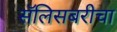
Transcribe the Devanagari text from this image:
सॅलिसबरीचा